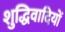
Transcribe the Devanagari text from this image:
शुद्धिवादियों